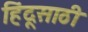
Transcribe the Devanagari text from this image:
हिंदूसाठी